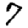
Digit: 7